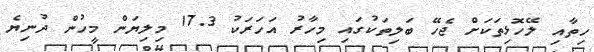
ހިތާއި ލޭހޮޅިތަކަށް ޖެހޭ ބަލިތަކުގައި މިހާރު އަހަރަކު 17.3 މިލިޔަން މީހުން ދުނިޔެ